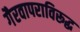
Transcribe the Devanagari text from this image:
गैरवापराविरूद्ध